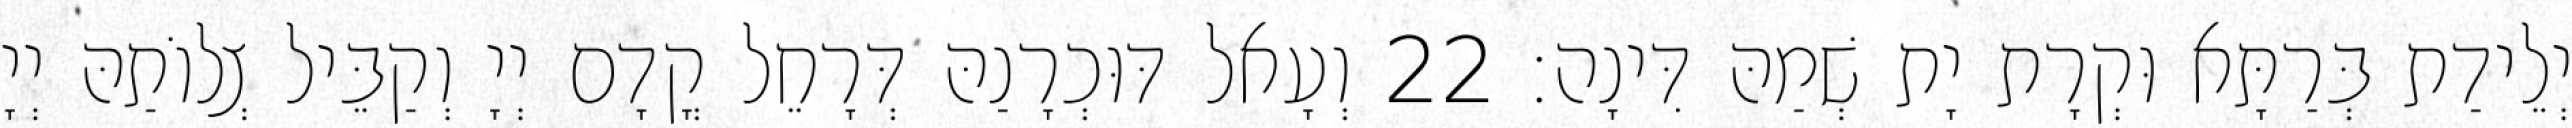
יְלֵידַת בְּרַתָּא וּקְרָת יָת שְׁמַהּ דִּינָה׃ 22 וְעָאל דּוּכְרָנַהּ דְּרָחֵל קֳדָם יְיָ וְקַבֵּיל צְלוֹתַהּ יְיָ